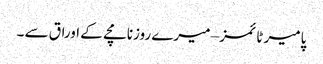
پامیر ٹائمز – میرے روزنامچے کے اوراق سے ۔